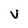
Character: V